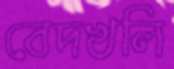
বেদখলি